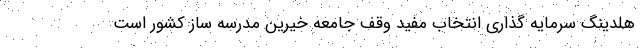
هلدینگ سرمایه گذاری انتخاب مفید وقف جامعه خیرین مدرسه ساز کشور است